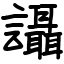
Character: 讘